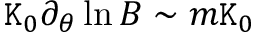
\mathtt { K } _ { 0 } \partial _ { \theta } \ln B \sim m \mathtt { K } _ { 0 }